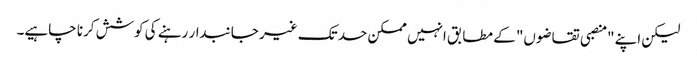
لیکن اپنے "منصبی تقاضوں" کے مطابق انہیں ممکن حد تک غیر جانبدار رہنے کی کوشش کرنا چاہیے۔